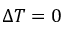
\Delta T = 0